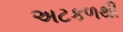
અટકળથી